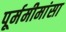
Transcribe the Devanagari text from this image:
पूर्ममीमांसा